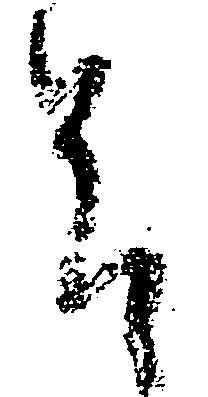
合